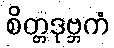
စိတ္တဒုဗ္ဘကံ